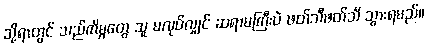
သို့ရာတွင် သည်ကိစ္စတွေ သူ မလုပ်လျှင် ဆရာမကြီးပဲ ဖတ်သီဖတ်သီ သွားရမည်။